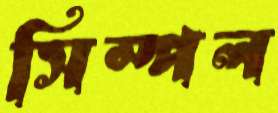
সিম্পল